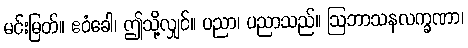
မင်းမြတ်။ ဧဝံခေါ၊ ဤသို့လျှင်။ ပညာ၊ ပညာသည်။ ဩဘာသနလက္ခဏာ၊